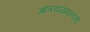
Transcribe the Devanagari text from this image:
आंतराळयानाची